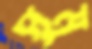
সমু